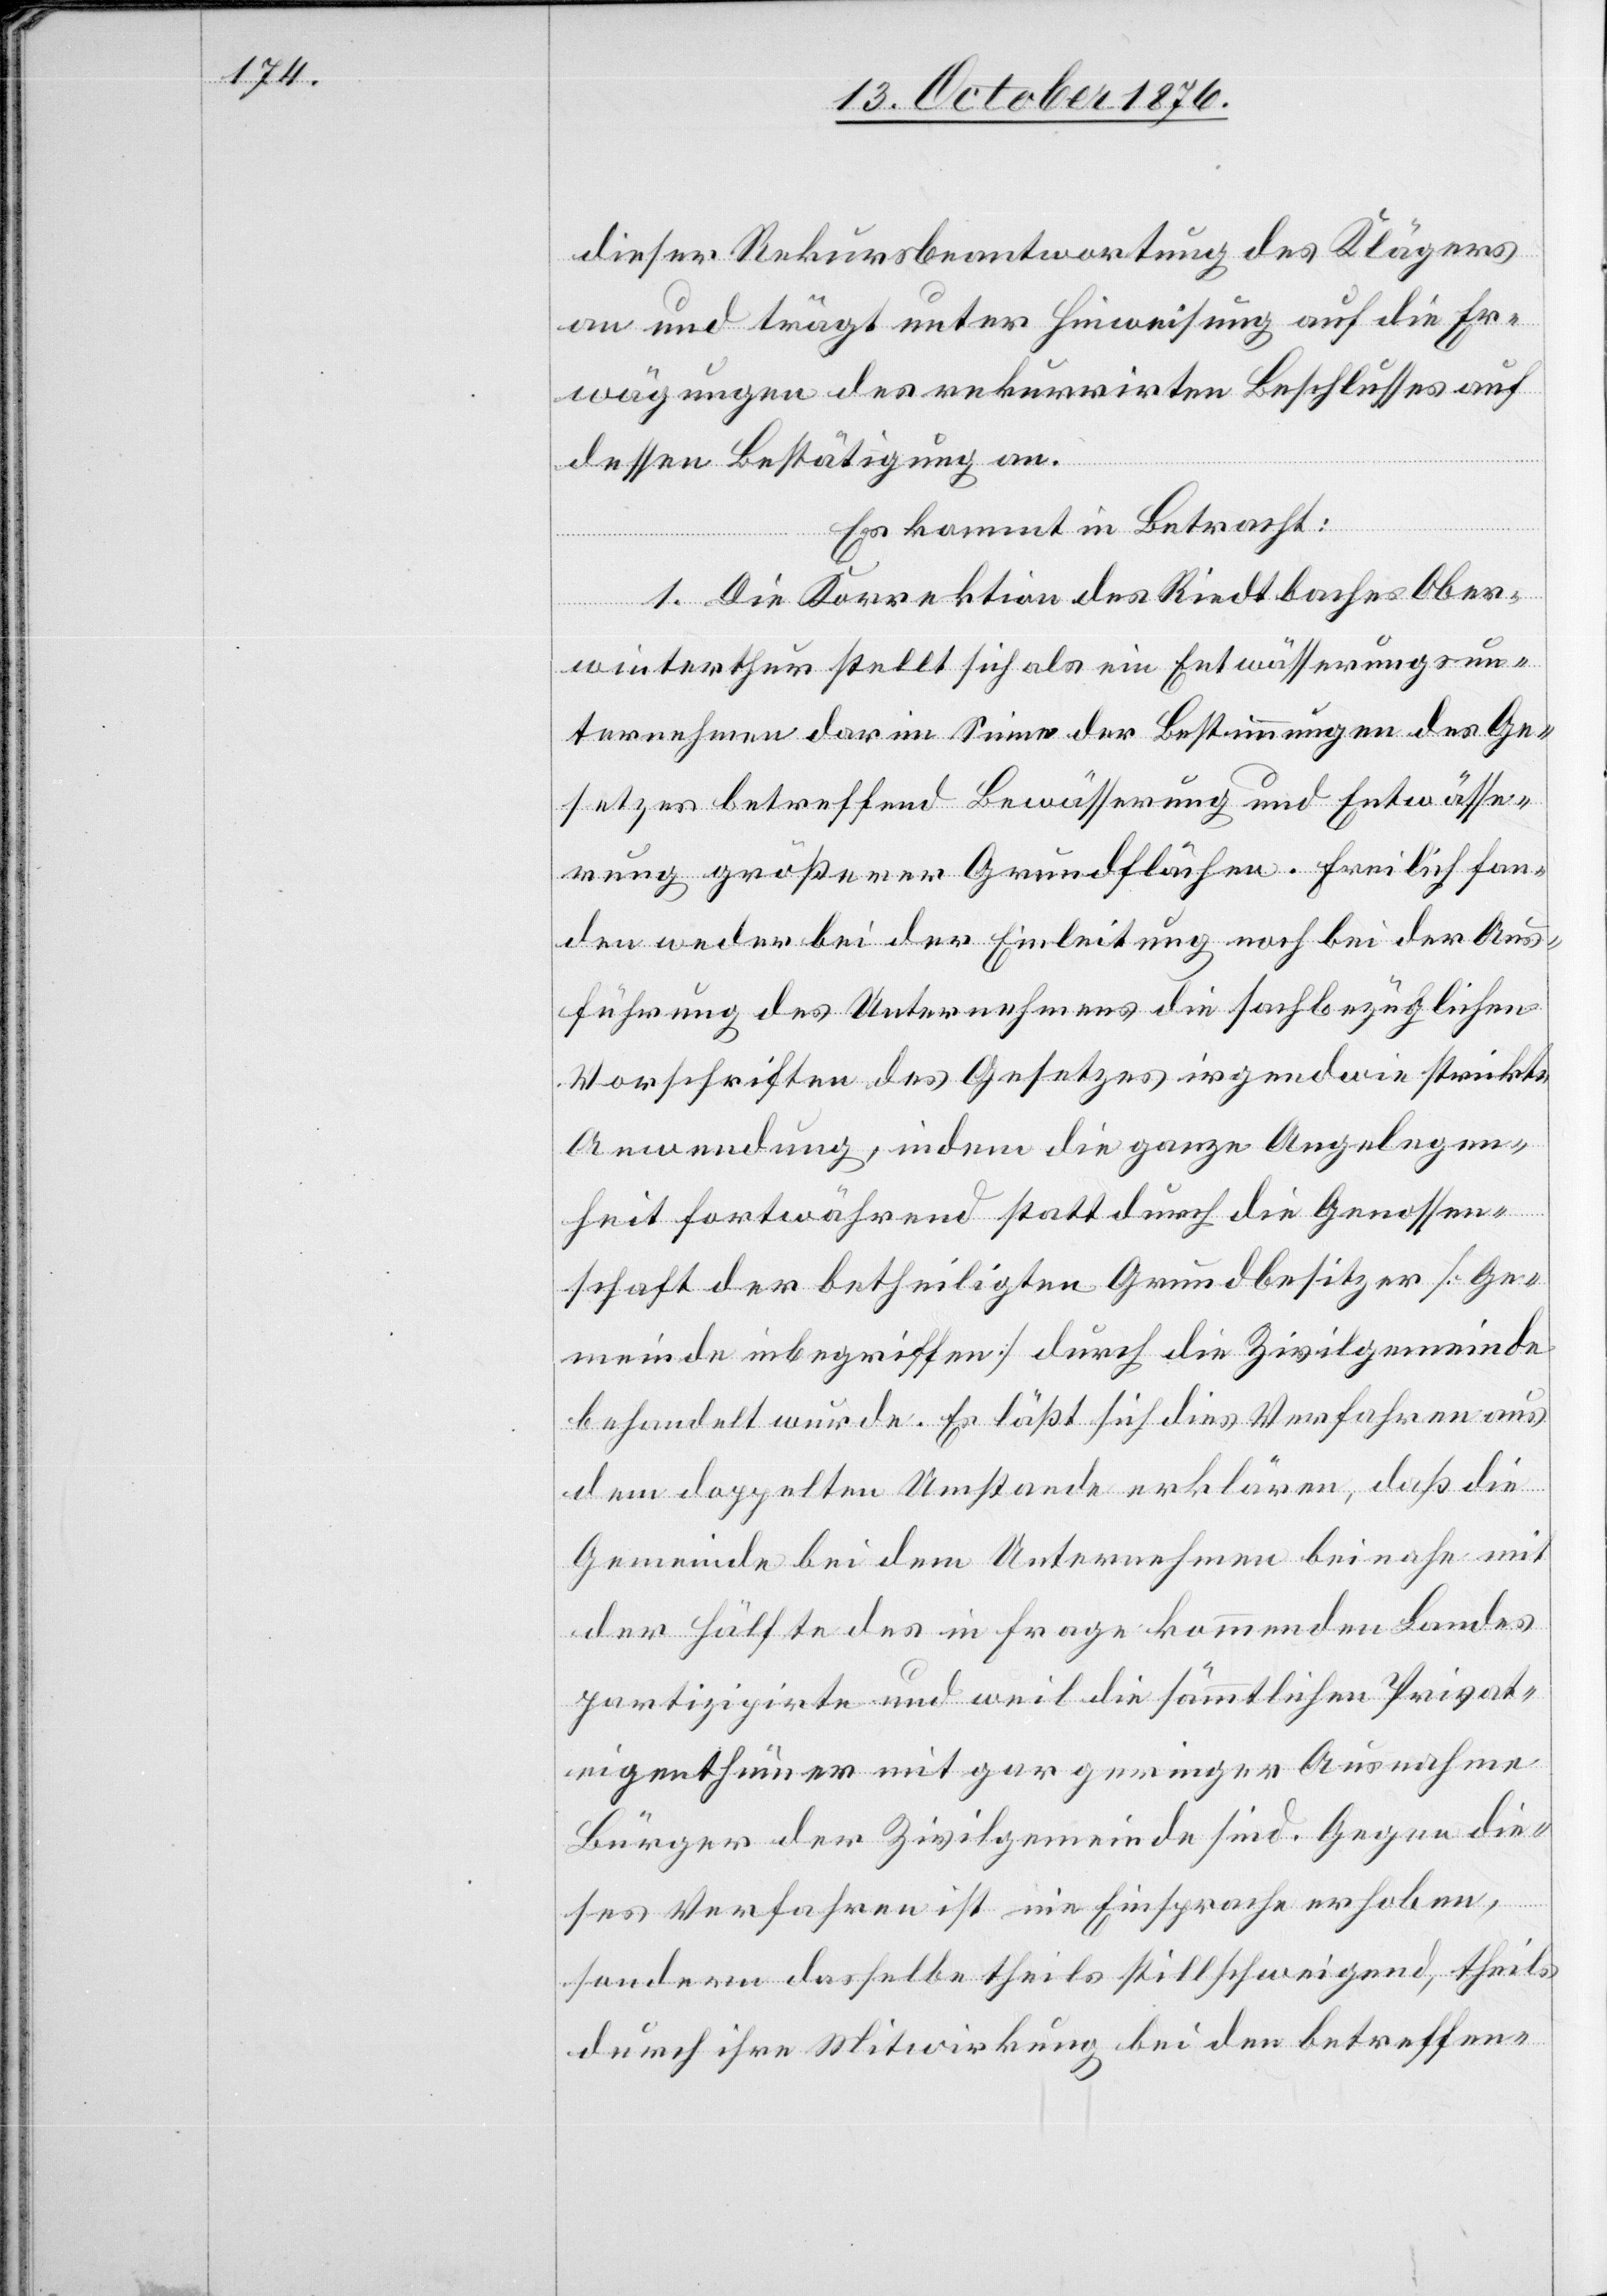
dieser Rekursbeantwortung des Klägers
an und trägt unter Hinweisung auf die Er¬
wägungen des Rekurrirten Beschlusses auf
dessen Bestätigung an.
Es kommt in Betracht:
1. Die Korrektion des Riedtbaches Ober¬
winterthur stellt sich als ein Entwässerungsun¬
ternehmen dar im Sinne der Bestimmungen des Ge¬
setzes betreffend Bewässerung und Entwässe¬
rung größerer Grundflächen. Freilich fan¬
den weder bei der Einleitung noch bei der Aus¬
führung des Unternehmens die sachbezüglichen
Vorschriften des Gesetzes irgendwie strickte
Anwendung, indem die ganze Angelegen¬
heit fortwährend statt durch die Genossen¬
schaft der betheiligten Grundbesitzer [Ge¬
meinde inbegriffen] durch die Zivilgemeinde
behandelt wurde. Es läßt sich dies Verfahren aus
dem doppelten Umstande erklären, daß die
Gemeinde bei dem Unternehmen beinahe mit
der Hälfte des in Frage kommenden Landes
partizipirte und weil die sämmtlichen Privat¬
eigenthümer mit gar geringer Ausnahme
Bürger der Zivilgemeinde sind. Gegen die¬
ses Verfahren ist nie Einsprache erhoben,
sondern dasselbe theils stillschweigend, theils
durch ihre Mitwirkung bei den betreffen-